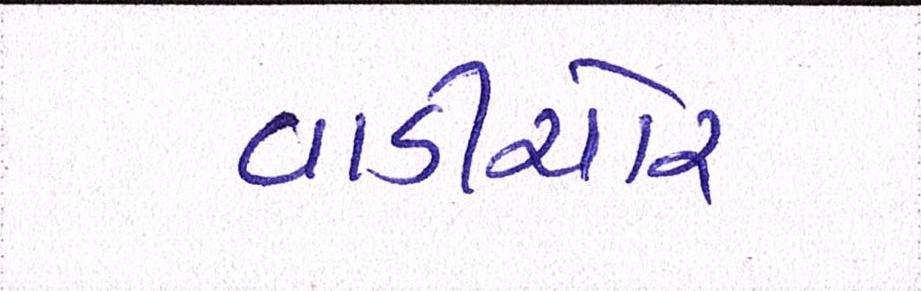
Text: વાડીચોર